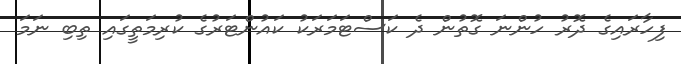
ފިހާރައިގެ ދޮރު ހުންނަ ގޮތުން ދެ ކަސްޓަމަރަކު ކައުންޓަރުގެ ކުރިމަތީގައި ތިބި ނަމަ